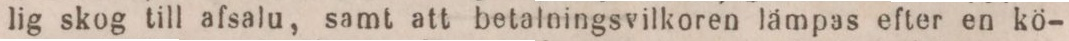
lig skog till afsalu, samt att betalningsvilkoren lämpas efter en kö-